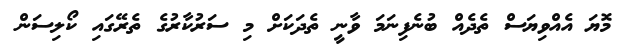
މޮޔަ އެއްވިޔަސް ތެދެއް ބުނެފިނަމަ ވާނީ ތެދަކަށް މި ސަރުކާރުގެ ތެރޭގައި ކޯލިސަން